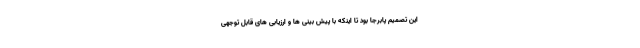
این تصمیم پابرجا بود تا اینکه با پیش بینی ها و ارزیابی های قابل توجهی